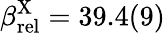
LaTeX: \beta_{\mathrm{rel}}^{\mathrm{X}}=39.4(9)